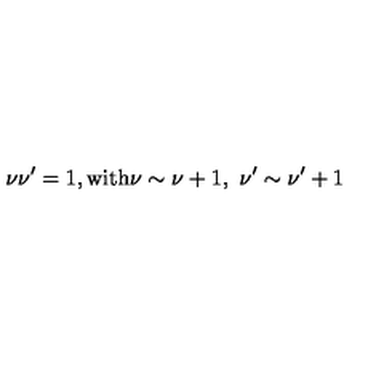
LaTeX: \nu \nu ^ { \prime } = 1 , \mathrm { w i t h } \nu \sim \nu + 1 , \ \nu ^ { \prime } \sim \nu ^ { \prime } + 1